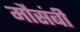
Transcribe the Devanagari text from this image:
मौसंबी